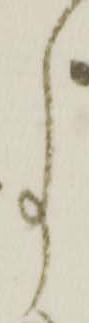
事